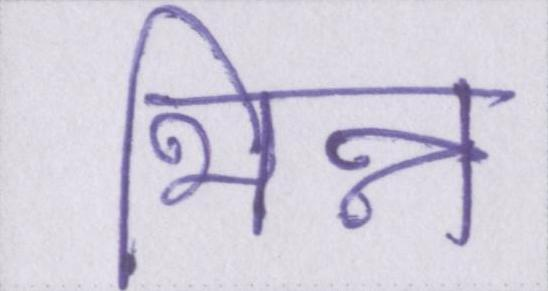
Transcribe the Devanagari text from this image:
भिन्न